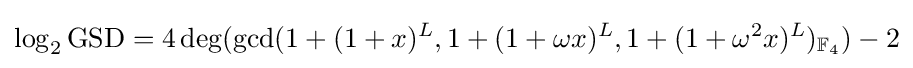
\log _{2}\mathrm {GSD} =4\deg(\gcd(1+(1+x)^{L},1+(1+\omega x)^{L},1+(1+\omega ^{2}x)^{L})_{\mathbb {F} _{4}})-2